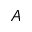
A